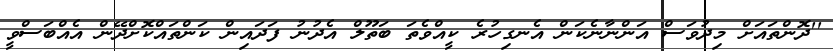
''ދޮންތައަށް މިދުވަސް އަންނާނެކަން އެނގިހުރެ ކީއްވެތަ ބަތޫލް އެދުނު ފަދައިން ކަންތައްކޮށްދޭން އެއްބަސްވީ